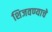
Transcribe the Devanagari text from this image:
शिजवण्याचे